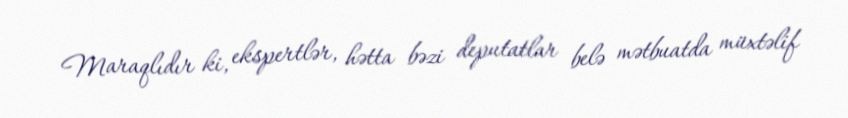
Maraqlıdır ki, ekspertlər, hətta bəzi deputatlar belə mətbuatda müxtəlif